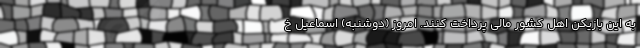
به این بازیکن اهل کشور مالی پرداخت کنند. امروز (دوشنبه) اسماعیل خ